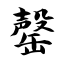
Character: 罄